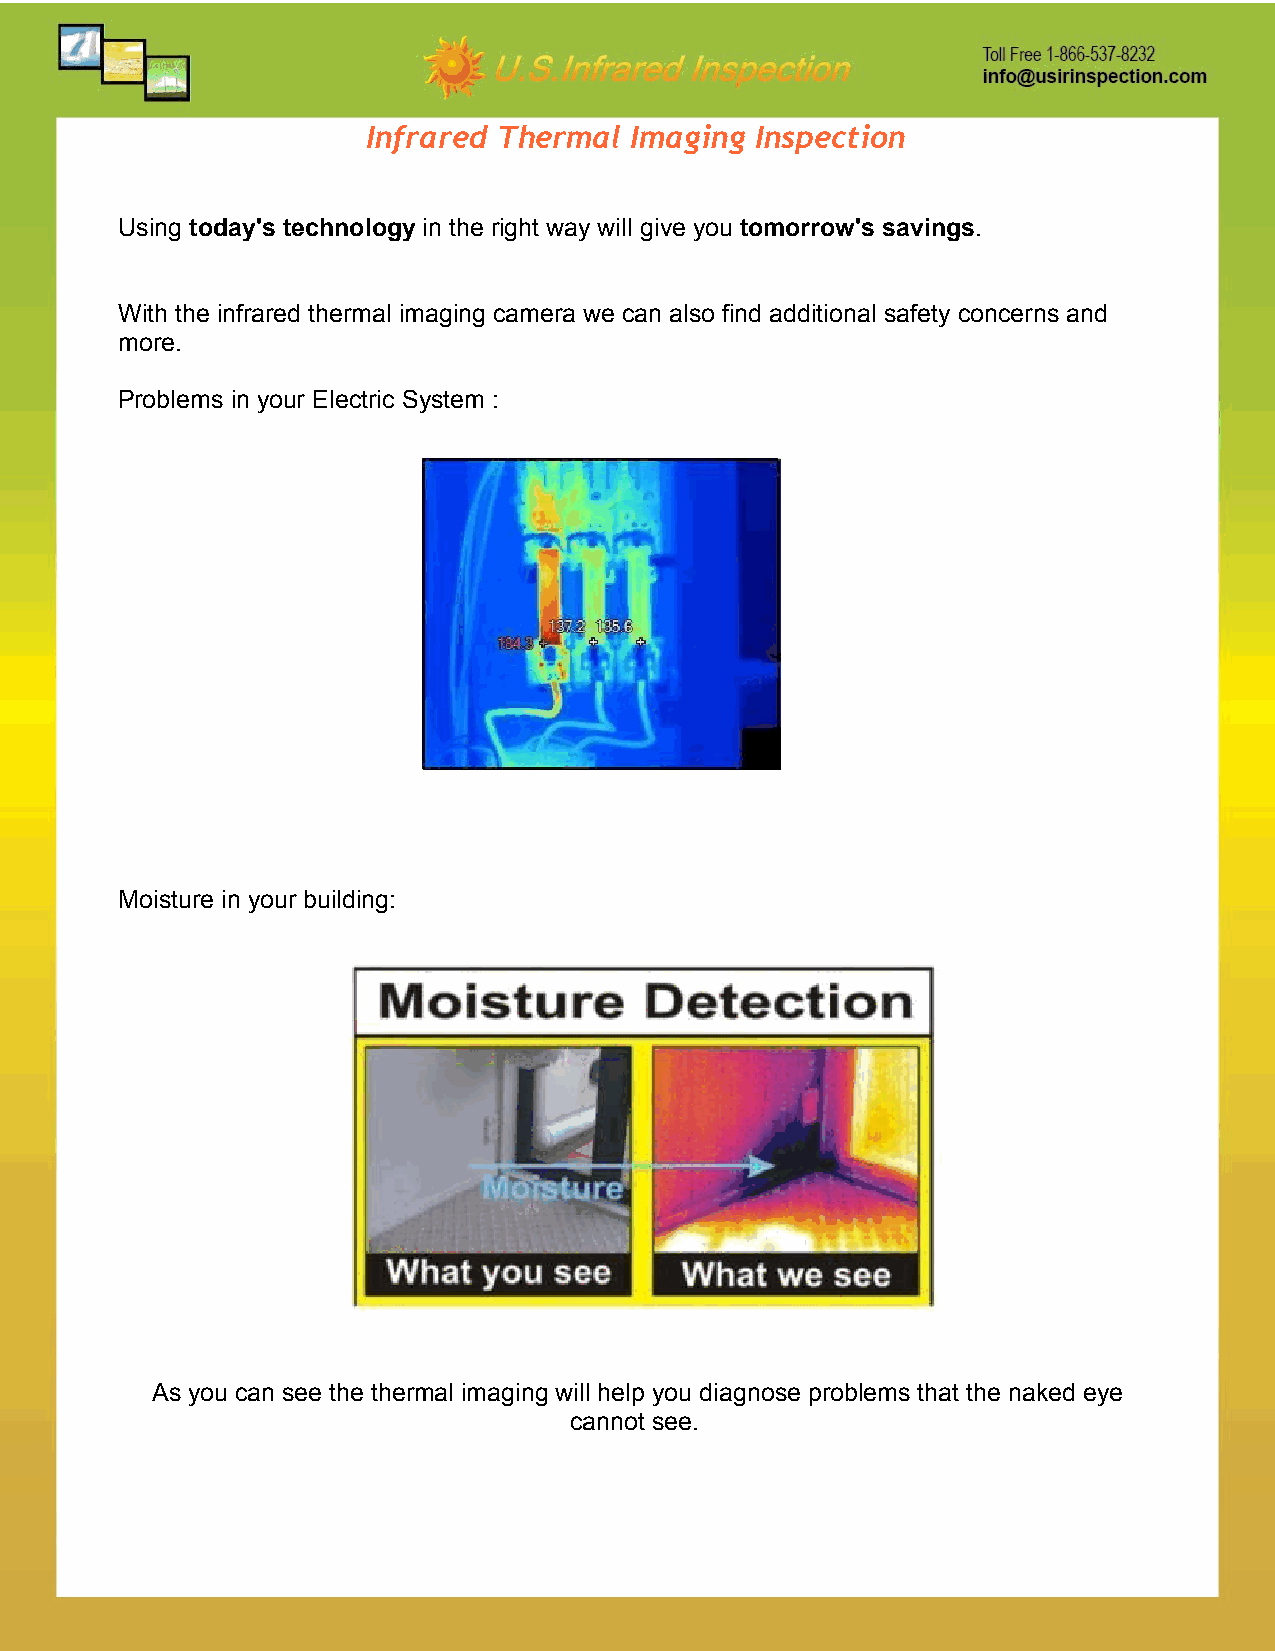
Infrared Thermal  Imaging Inspection
 Using today's technology in the right way will give you tomorrow's savings.
 With the infrared thermal imaging camera we can also find additional safety concerns and
 more.
 Problems in your Electric System :
 Moisture in your building:
 As you can see the thermal imaging will help you diagnose problems that the naked eye
 cannot see.